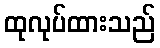
ထုလုပ်ထားသည်